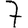
Digit: 7